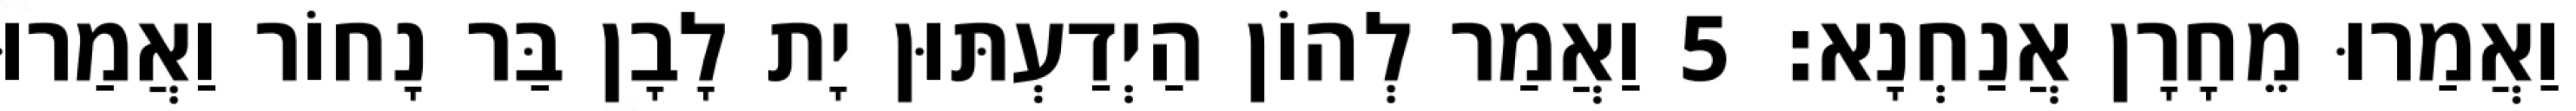
וַאֲמַרוּ מֵחָרָן אֲנַחְנָא׃ 5 וַאֲמַר לְהוֹן הַיְדַעְתּוּן יָת לָבָן בַּר נָחוֹר וַאֲמַרוּ